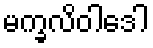
မက္ခလိဝါဒေါ